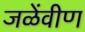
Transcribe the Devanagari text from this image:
जळेंवीण